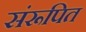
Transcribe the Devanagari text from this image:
संरूपित